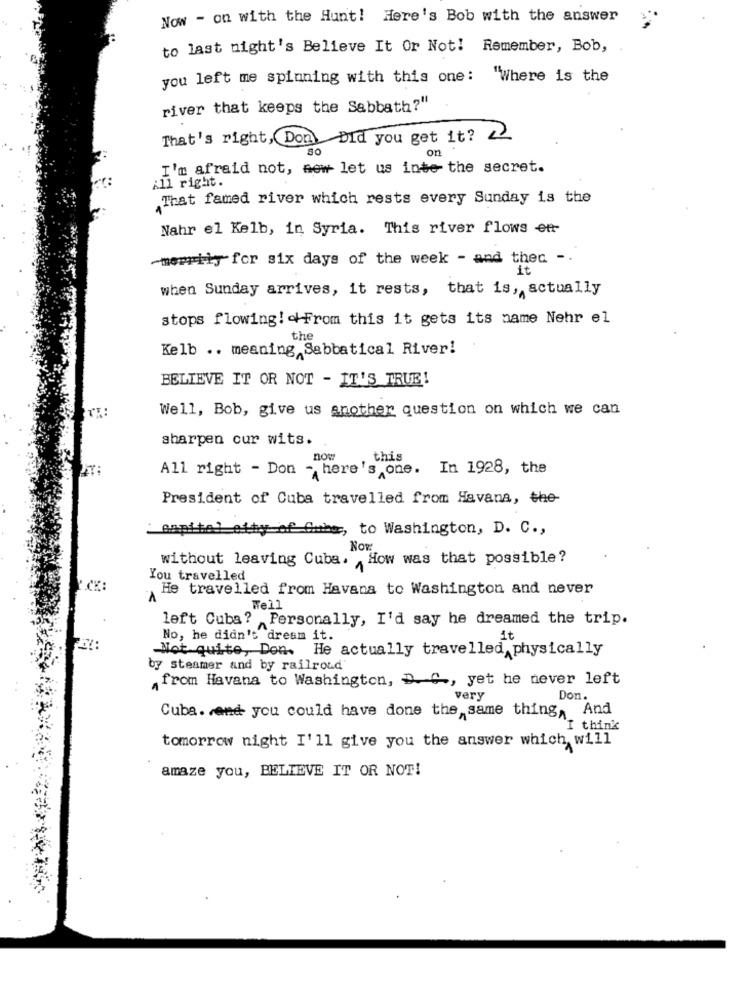
Now - on with the Hunt! Here's Bob with the answer
to last night's Believe It Or Not! Remember, Bob,
you left me spinning with this one: "Where is the
river that keeps the Sabbath?"
That's right, Don) Did you get it?
on
I'm afraid not, new let us inte the secret.
:11 right.
That famed river which rests every Sunday is the
Nahr el Kelb, in Syria. This river flows ett
merrily for six days of the week - and thed -.
it
when Sunday arrives, it rests, that is, actually
stops flowing! From this it gets its name Nehr el
the
Kelb .. meaning Sabbatical River!
BELIEVE IT OR NOT - IT'S TRUE!
Well, Bob, give us another question on which we can
sharpen our wits.
now
,this
All right - Don - here's one. In 1928, the
President of Cuba travelled from Havana, the-
of Cuber, to Washington, D. C .,
Now
without leaving Cuba. How was that possible?
You travelled
He travelled from Havana to Washington and never
Well
left Cuba? Personally, I'd say he dreamed the trip.
No, he didn't dream it.
it
Not quite, Den. He actually travelled, physically
by steamer and by railroad
„from Havana to Washington, D.C ., yet he never left
very
Don.
Cuba. rend you could have done the same thing, And
I think
tomorrow night I'll give you the answer which will
amaze you, BELIEVE IT OR NOT!